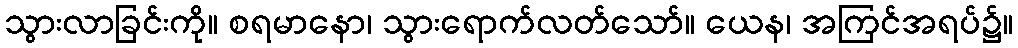
သွားလာခြင်းကို။ စရမာနော၊ သွားရောက်လတ်သော်။ ယေန၊ အကြင်အရပ်၌။